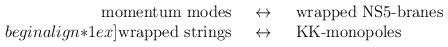
LaTeX: \begin{align*}\begin{array}[b]{rcl}\mbox{momentum modes} & ~\leftrightarrow ~& \mbox{wrapped NS5-branes}\\begin{align*}1ex]\mbox{wrapped strings} & ~\leftrightarrow~ & \mbox{KK-monopoles}\\\end{array}\end{align*}